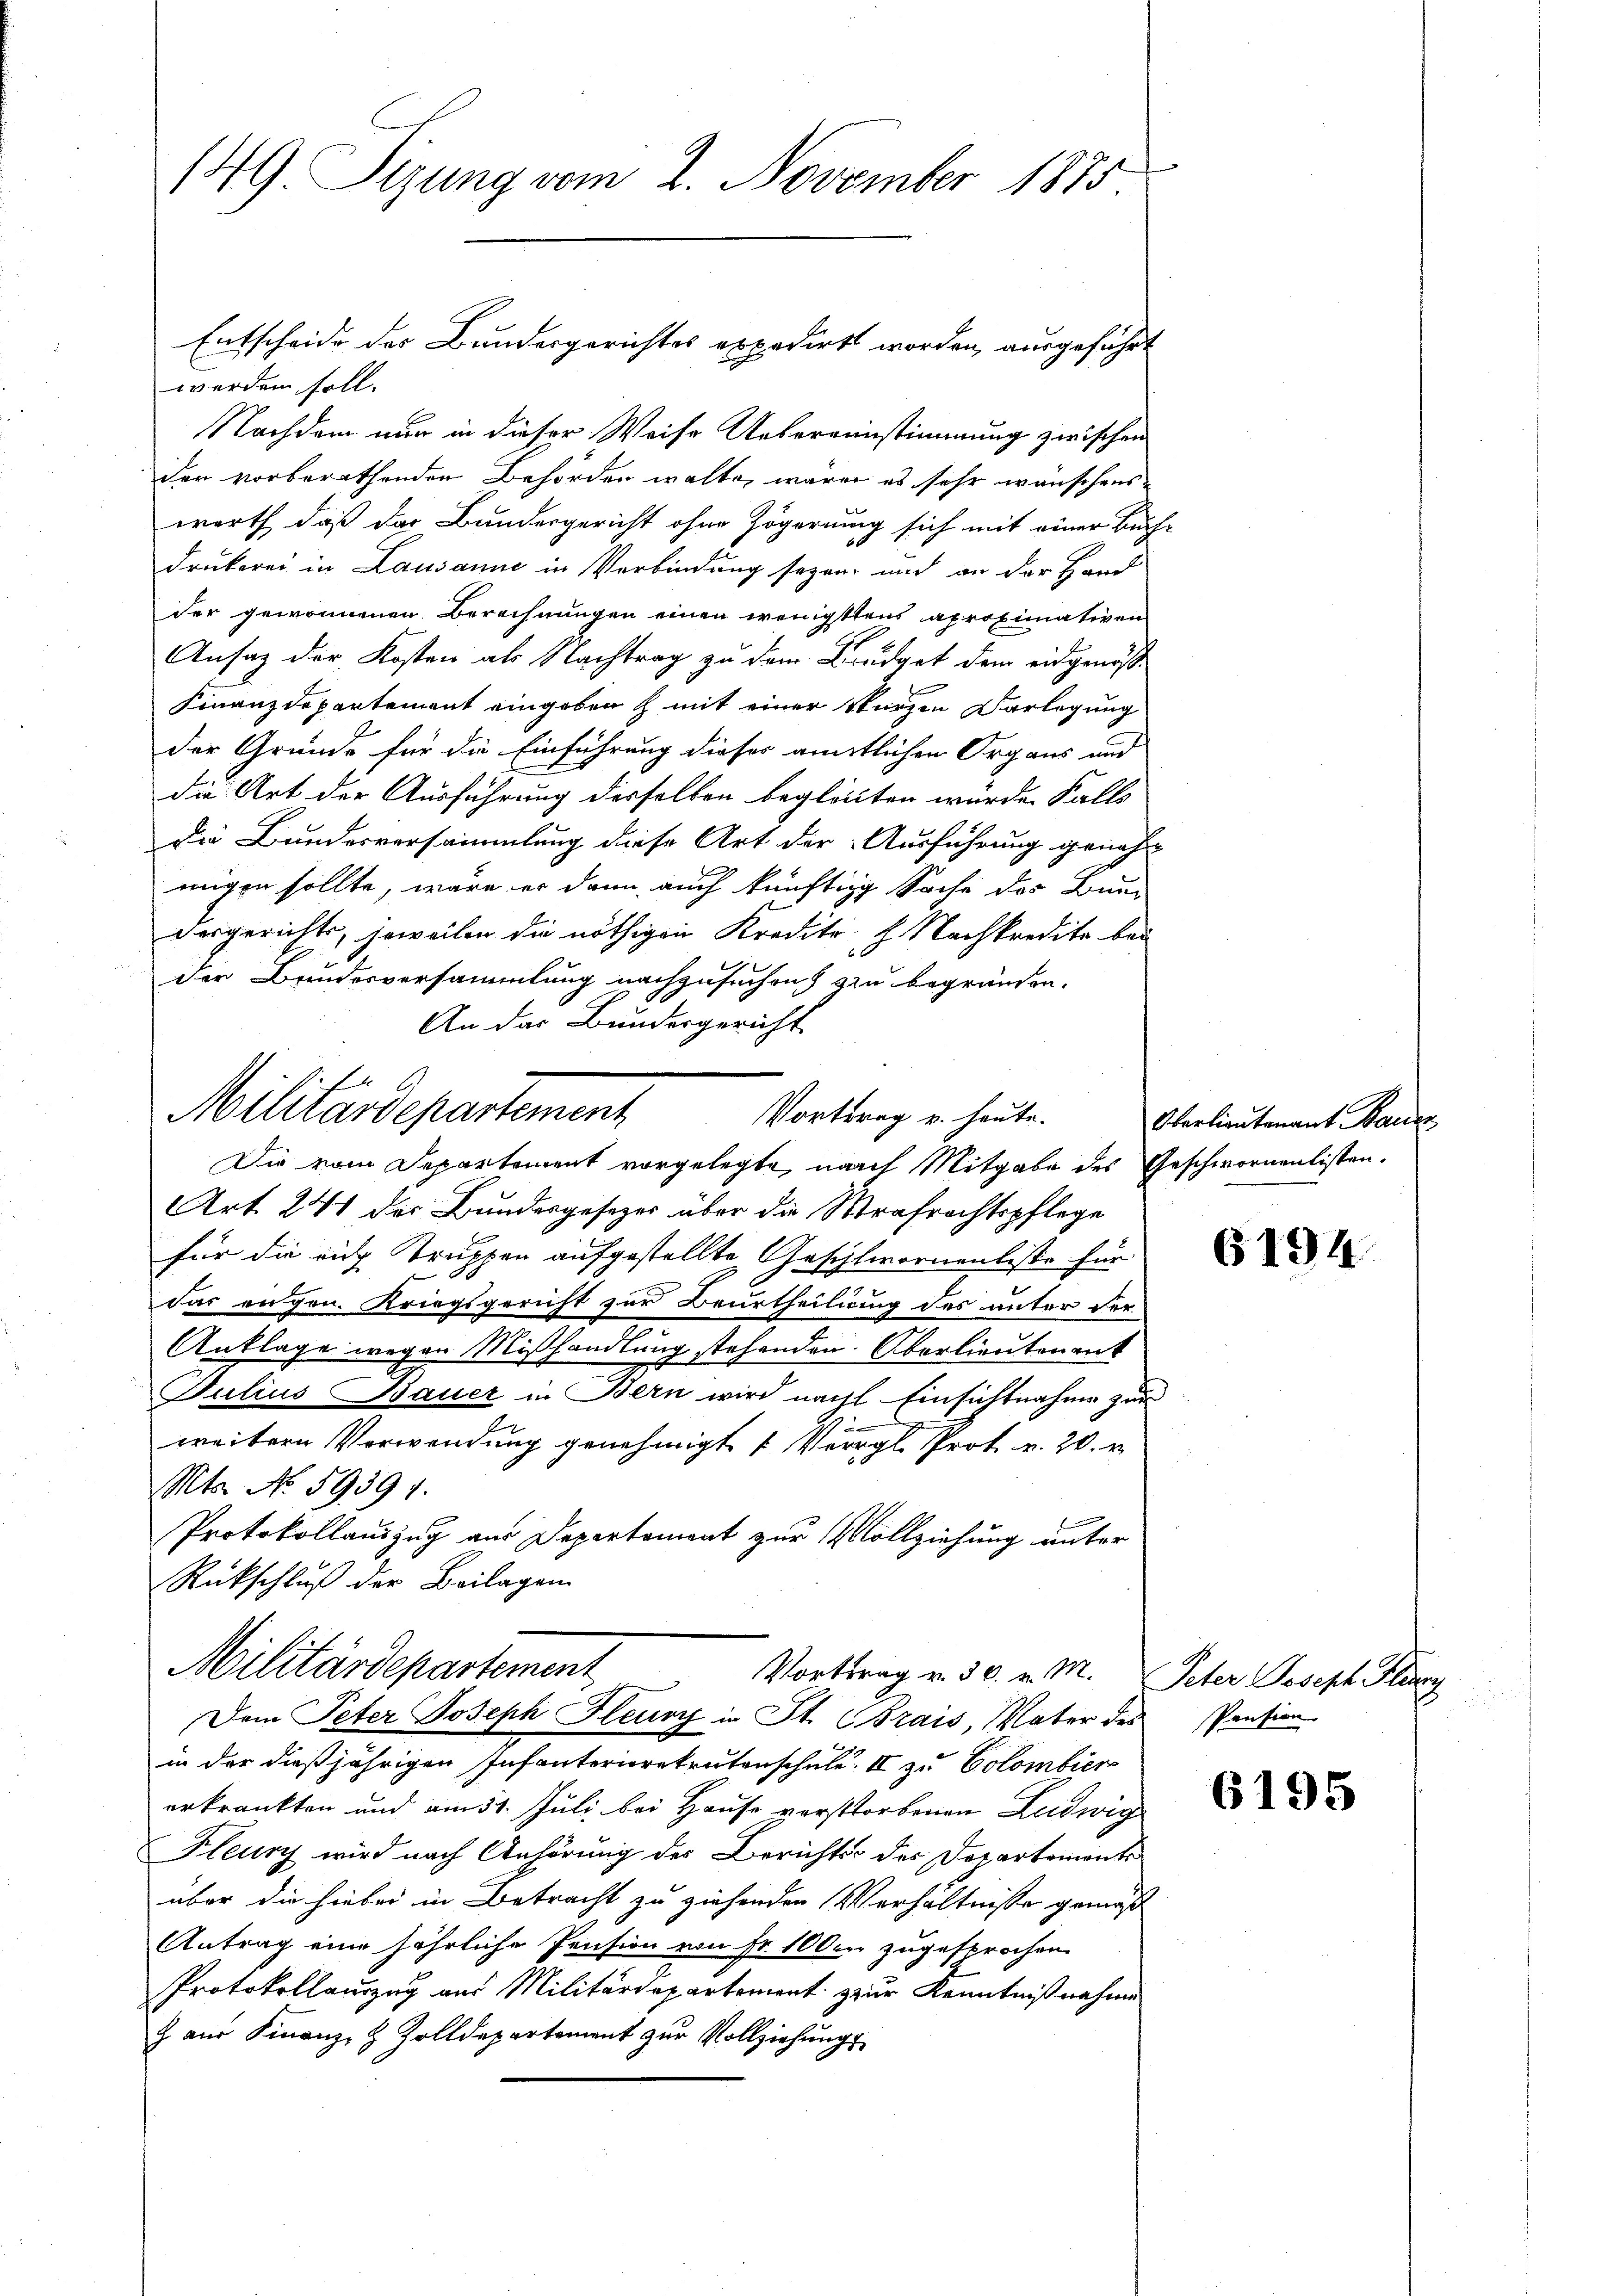
149 Sizung vom 2. November 1875

Entscheide des Bundesgerichtes expedirt worden, ausgeführt

.
Militärdepartement
Vortrag u. heute.
Die vom Departement vorgelegte, nach Mitgabe des Geschwornenlisten.

werden soll.
Nachdem nur in dieser Weise Uebereinstimmung zwischen
den vorberathenden Behörden walte, wären es sehr wünschens
wort, daß der Bundergericht ohne Zögerung sich mit einer Buchdrukerei in Lausanne in Verbindung sezen, und an der Hand
der gewonnenen Berechnungen einen wenigstens aproximativen
Ansatz der Kosten als Nachtrag zu dem Budget dem eidgenös¬
Finanzdepartement eingeben & mit einer Sturzen Vorlegung
der Gründe für die Einführung dieser amtlichen Organs und
die Art der Ausführung derselben begleichen würde. Falls
Die Bundesversammlung diese Art der Ausführung genohm
wigen sollte, wäre er dann auch künftige Sache des Bun¬
Dergerichts, jeweilen die nöthigen Kredito H. Nachkredite bei
der Brudesversammlung nachzusuchen) zu begründen.
An das Bundesgericht

Art. 241 der Bundesgesezes über die Strafrechtspflege
für die rich Truppen aufgestellte Geschwornenliste für
Ich
das angen. Kriegsgericht zur Beurtheilung des unter der¬
Anklage wegen Mißhandlung stehenden Oberlieutenant
Julius Bauer in Bern wird nach Einsichtnahme zur
weitern Verwendung genehmigt (Vergl. Prot. v. 20. v.
Mts. No. 59391.
Protokollauszug aus Departement zur Vollziehung unter
Rückschluß der Beilagen
Militärdepartement
Vortrag v. 30. v. M. Peter Joseph Flury
Dem Peter Joseph Fleur in St. Brais, Vater des Pension
in der dießjährigen Infanteriorekrutenschule. II zu Colombier
erkränkten und am 11. Juli bei Hause verstorbenen Leidwig
Kleury wird nach Anhörung des Berichts des Departements
aber die hiebei in Betracht zu ziehenden Verhältnisse gemäß
Antrag eine jährliche Pension von Fr. 1000 zugesprochen
Protokollauszug aus Militärdepartement zur Kenntnißnahme
 aŭs Finanz- & Zolldepartement zur Vollziehungs

Oberlieutenant Bauer

6194

6195